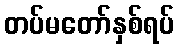
တပ်မတော်နှစ်ရပ်